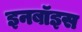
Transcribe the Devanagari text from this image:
इनबॉइस